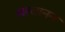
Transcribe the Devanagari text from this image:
सरवानन